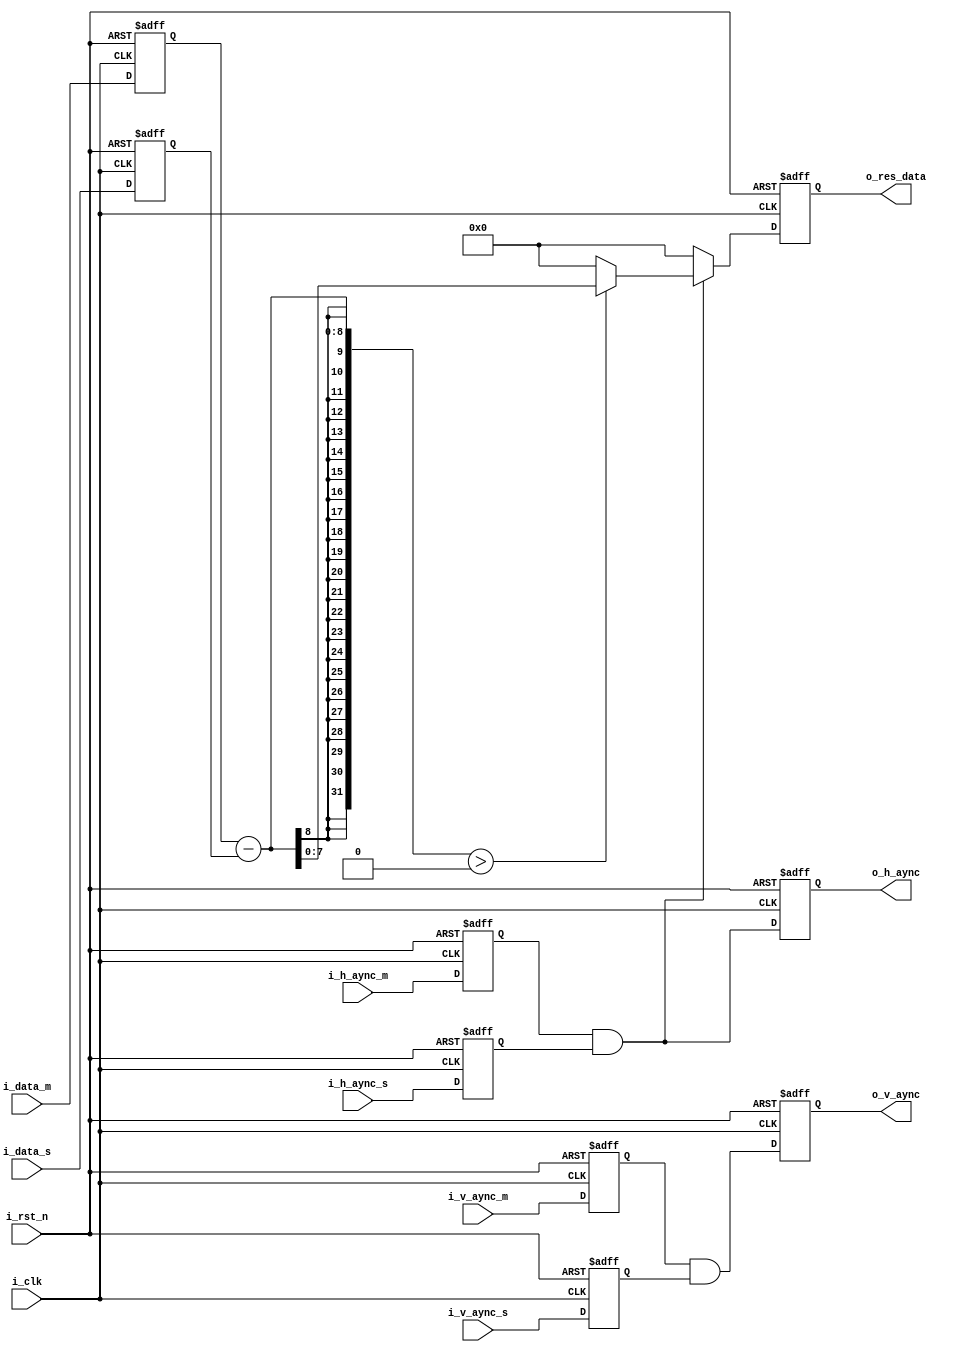
`timescale 1ns / 1ps
//////////////////////////////////////////////////////////////////////////////////
// Company: 
// 
// Design Name: 
// Module Name: subtraction_remove_less_than_zero
// Project Name: 
// Target Devices: 
// Tool Versions: 
// Description: 
// 00
//FIFO
// Dependencies: 
// 
// Revision:
// Revision 0.01 - File Created
// Additional Comments:
// 
//////////////////////////////////////////////////////////////////////////////////


module subtraction_remove_less_than_zero
#(
    parameter          P_DATA_WIDTH = 8
)
(
    input                       i_clk    ,
    input                       i_rst_n  ,
    input                       i_h_aync_m  ,
    input                       i_v_aync_m  ,
    input   [P_DATA_WIDTH-1:0]  i_data_m    ,
    input                       i_v_aync_s  ,
    input                       i_h_aync_s  ,
    input   [P_DATA_WIDTH-1:0]  i_data_s    ,

    output                      o_h_aync    ,
    output                      o_v_aync    ,
    output  [P_DATA_WIDTH-1:0]  o_res_data  
);

//input regisiters
reg                             ri_h_aync_m ;
reg                             ri_v_aync_m ;
reg     [P_DATA_WIDTH-1:0]      ri_data_m   ;
reg                             ri_v_aync_s ;
reg                             ri_h_aync_s ;
reg     [P_DATA_WIDTH-1:0]      ri_data_s   ;

//output registers
reg                             ro_h_aync   ;
reg                             ro_v_aync   ;
reg     [P_DATA_WIDTH-1:0]      ro_res_data ;

//temp register
wire                            w_h_valid_aync;
wire                            w_v_valid_aync;

assign  o_h_aync   = ro_h_aync   ;
assign  o_v_aync   = ro_v_aync   ;
assign  o_res_data = ro_res_data ;

assign  w_h_valid_aync = ri_h_aync_m && ri_h_aync_s;
assign  w_v_valid_aync = ri_v_aync_m && ri_v_aync_s;

always@(posedge i_clk or negedge i_rst_n) begin
    if(!i_rst_n) begin
        ri_h_aync_m <= 1'd0;
        ri_v_aync_m <= 1'd0;
        ri_data_m   <=  'd0;
        ri_v_aync_s <= 1'd0;
        ri_h_aync_s <= 1'd0;
        ri_data_s   <=  'd0;
    end else begin
        ri_h_aync_m <= i_h_aync_m;
        ri_v_aync_m <= i_v_aync_m;
        ri_data_m   <= i_data_m  ;
        ri_v_aync_s <= i_v_aync_s;
        ri_h_aync_s <= i_h_aync_s;
        ri_data_s   <= i_data_s  ;
    end
end

always@(posedge i_clk or negedge i_rst_n) begin
    if(!i_rst_n)
        ro_res_data   <= 'd0;
    else if(w_h_valid_aync)
        ro_res_data   <= ri_data_m - ri_data_s > 0 ? ri_data_m - ri_data_s :  'd0;
    else
        ro_res_data   <= 'd0;
end

always@(posedge i_clk or negedge i_rst_n) begin
    if(!i_rst_n) begin
        ro_h_aync   <= 1'd0;
        ro_v_aync   <= 1'd0;
    end else begin
        ro_h_aync   <= w_h_valid_aync;
        ro_v_aync   <= w_v_valid_aync;
    end
end

endmodule